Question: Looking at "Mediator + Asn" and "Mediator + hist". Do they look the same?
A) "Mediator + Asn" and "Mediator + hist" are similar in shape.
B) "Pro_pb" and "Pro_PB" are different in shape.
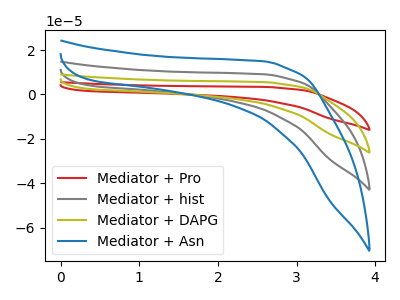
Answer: <think>The red curve "Mediator + Pro" has no peaks. The gray curve "Mediator + hist" has no peaks. The olive curve "Mediator + DAPG" has no peaks. The blue curve "Mediator + Asn" has no peaks.
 Neither "Mediator + Asn" or "Mediator + hist" have any peaks.</think>
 <answer>A) "Mediator + Asn" and "Mediator + hist" are similar in shape.</answer>
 <eval>A</eval>